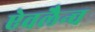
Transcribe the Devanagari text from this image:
ऐवलैन्च